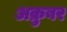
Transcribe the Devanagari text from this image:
अक्रुबर